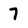
Character: 7